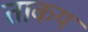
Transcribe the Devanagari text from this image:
ताकय